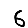
Digit: 6